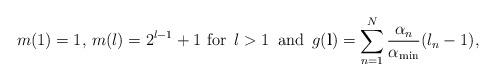
LaTeX: \begin{align*}m(1) = 1, \, m(l) = 2^{l-1}+1 \mbox{ for } \, l > 1 \, \mbox{ and } \, g(\mathbf{l}) = \sum_{n=1}^N \frac{\alpha_n}{\alpha_{\min}}(l_n-1),\end{align*}